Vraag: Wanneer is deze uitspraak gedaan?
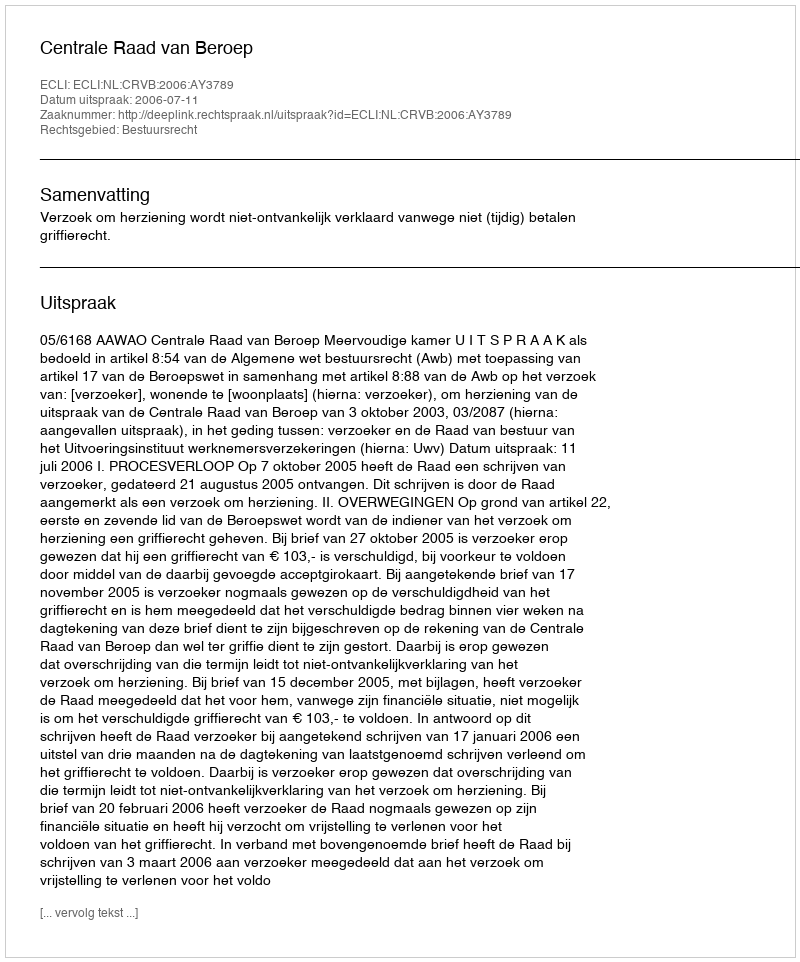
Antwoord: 2006-07-11